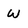
Character: w